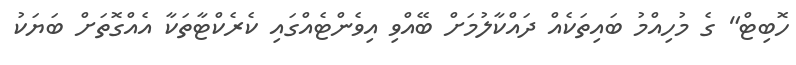
ހޮބިޓް" ގެ މުހިއްމު ބައިތަކެއް ދައްކާލުމަށް ބޭއްވި އިވެންޓެއްގައި ކެރެކްޓާތަކާ އެއްގޮތަށް ބަޔަކު